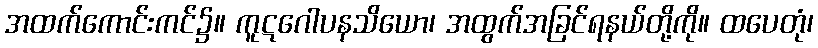
အထက်ကောင်းကင်၌။ ကူဋဂေါပနသိယော၊ အထွက်အခြင်ရနယ်တို့ကို။ ထပေတုံ၊